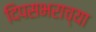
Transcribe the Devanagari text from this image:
दिपसभराच्या